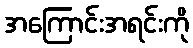
အကြောင်းအရင်းကို